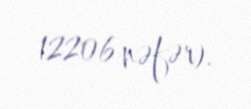
12206 nəfər).